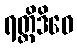
ရတ္တိဒိဝေ